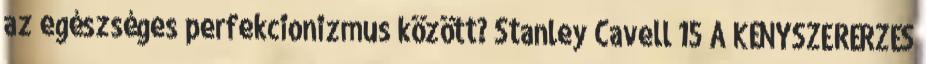
az egészséges perfekcionizmus között? Stanley Cavell 15 A KÉNYSZERÉRZÉS